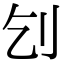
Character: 刉